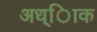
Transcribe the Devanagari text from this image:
अध्ािक